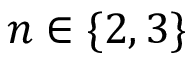
n \in \{ 2 , 3 \}